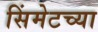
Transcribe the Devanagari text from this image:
सिंमेटच्या